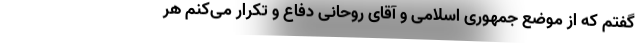
گفتم که از موضع جمهوری اسلامی و آقای روحانی دفاع و تکرار می‌کنم هر